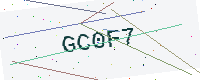
Text: GC0F7